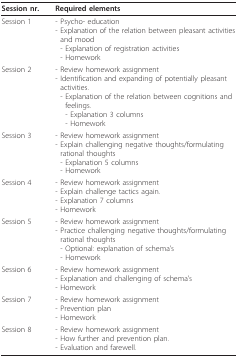
| Session nr. | Required elements |
 | --- | --- |
 | Session 1 | - Psycho- education- Explanation of the relation between pleasant activities and mood- Explanation of registration activities- Homework |
 | Session 2 | - Review homework assignment- Identification and expanding of potentially pleasant activities.- Explanation of the relation between cognitions and feelings.- Explanation 3 columns- Homework |
 | Session 3 | - Review homework assignment- Explain challenging negative thoughts/formulating rational thoughts- Explanation 5 columns- Homework |
 | Session 4 | - Review homework assignment- Explain challenge tactics again.- Explanation 7 columns- Homework |
 | Session 5 | - Review homework assignment- Practice challenging negative thoughts/formulating rational thoughts- Optional: explanation of schema's- Homework |
 | Session 6 | - Review homework assignment- Explanation and challenging of schema's- Homework |
 | Session 7 | - Review homework assignment- Prevention plan- Homework |
 | Session 8 | - Review homework assignment- How further and prevention plan.- Evaluation and farewell. |